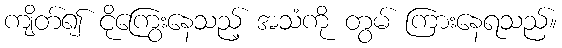
ကျိတ်၍ ငိုကြွေးနေသည့် အသံကို တွမ် ကြားနေရသည်။